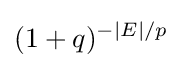
(1+q)^{-|E|/p}